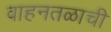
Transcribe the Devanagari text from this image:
वाहनतळाची